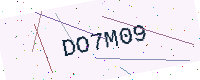
Text: DO7M09